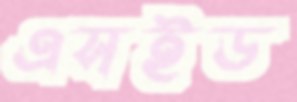
এসইড